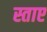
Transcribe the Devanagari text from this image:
स्ताए